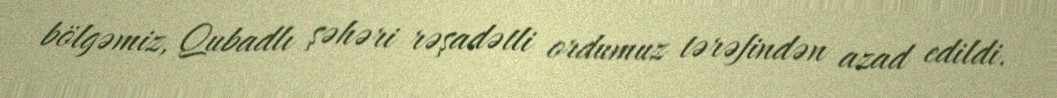
bölgəmiz, Qubadlı şəhəri rəşadətli ordumuz tərəfindən azad edildi.